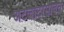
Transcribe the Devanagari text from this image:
अटलांटासोबत